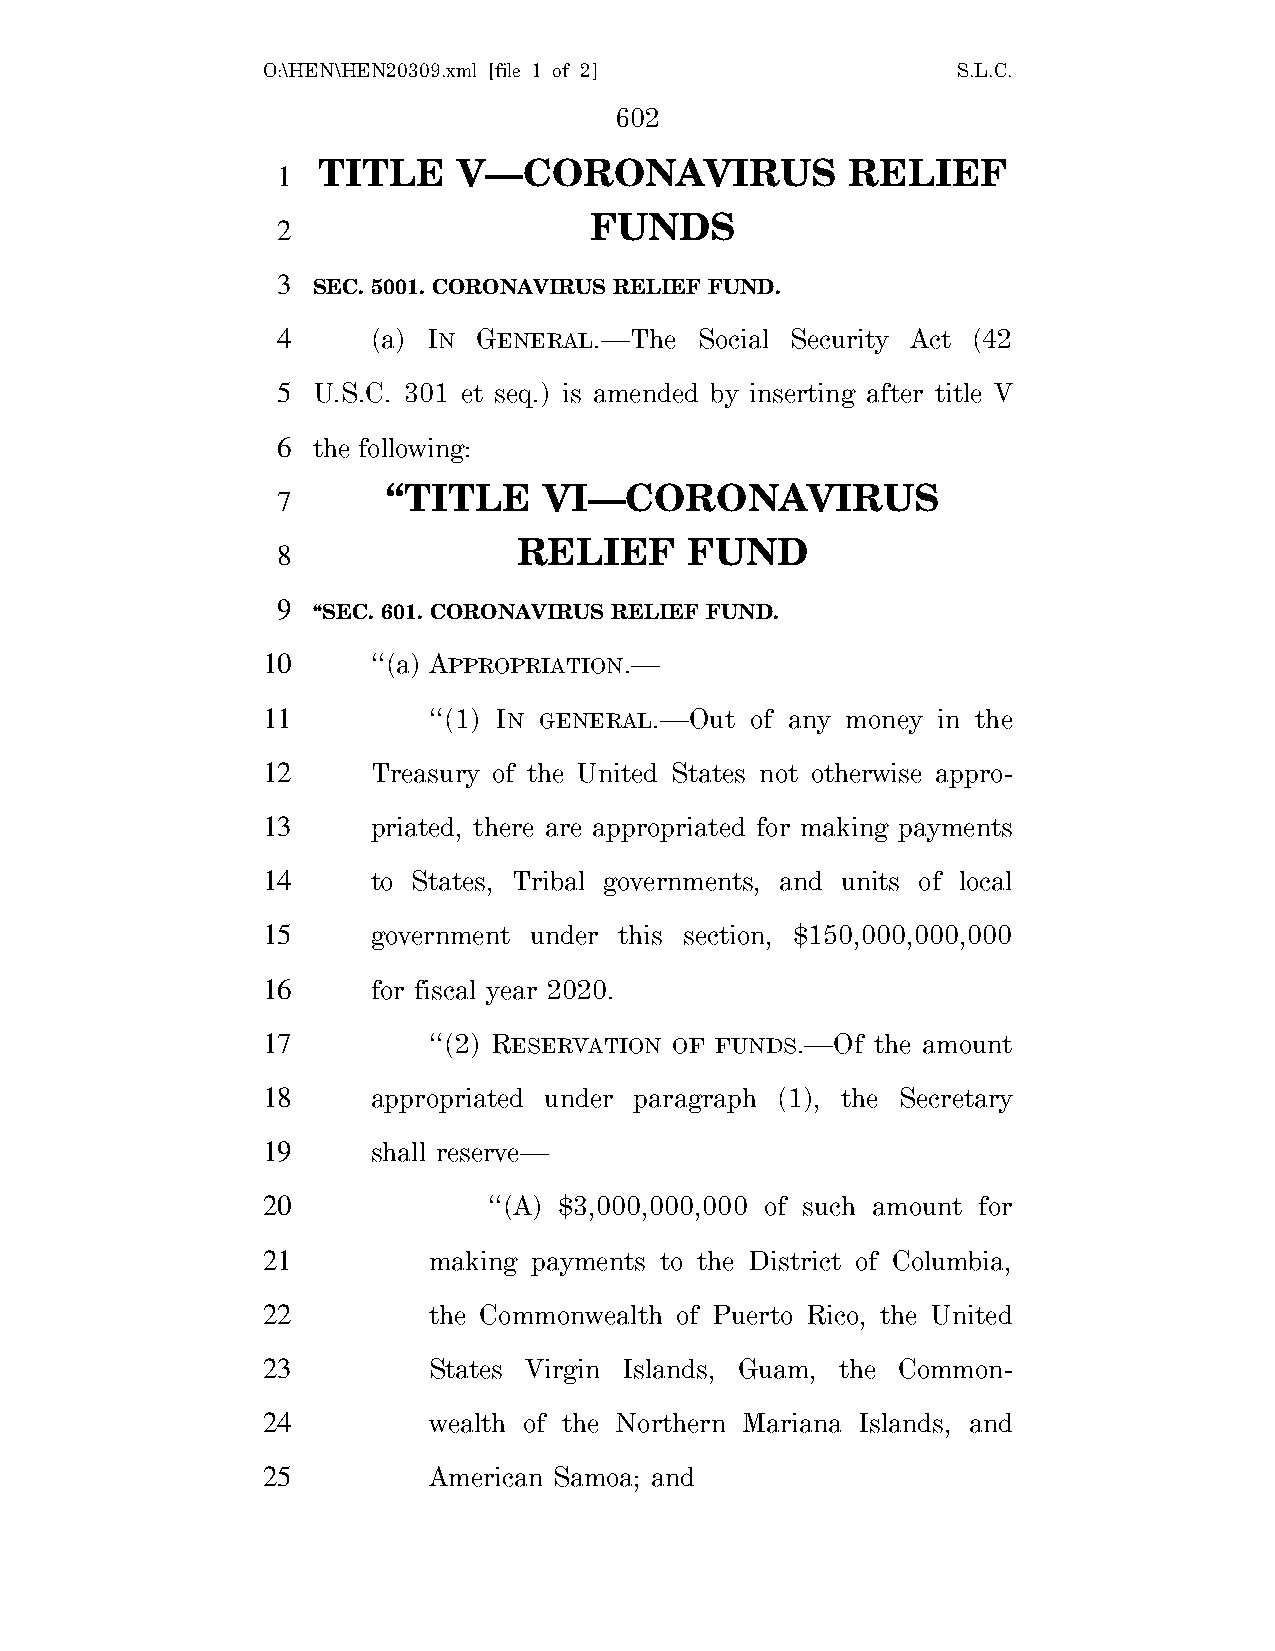
O:\HEN\HEN20309.xml [file 1 of 2]             S.L.C.
 602
 TITLE    V—CORONAVIRUS             RELIEF
 1
 FUNDS
 2
 3
 SEC. 5001. CORONAVIRUS RELIEF FUND.
 4      (a) IN GENERAL.—The  Social Security Act (42
 5  U.S.C. 301 et seq.) is amended by inserting after title V
 6  the following:
 ‘‘TITLE   VI—CORONAVIRUS
 7
 RELIEF      FUND
 8
 9
 ‘‘SEC. 601. CORONAVIRUS RELIEF FUND.
 10      ‘‘(a) APPROPRIATION.—
 11         ‘‘(1) IN GENERAL.—Out of any money in the
 12      Treasury of the United States not otherwise appro-
 13      priated, there are appropriated for making payments
 14      to States, Tribal governments, and units of local
 15      government under this section, $150,000,000,000
 16      for fiscal year 2020.
 17         ‘‘(2) RESERVATION OF FUNDS.—Of the amount
 18      appropriated under paragraph (1), the Secretary
 19      shall reserve—
 20             ‘‘(A) $3,000,000,000 of such amount for
 21         making payments to the District of Columbia,
 22         the Commonwealth of Puerto Rico, the United
 23         States Virgin Islands, Guam, the Common-
 24         wealth of the Northern Mariana Islands, and
 25         American Samoa; and